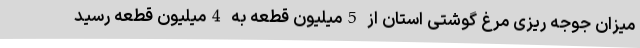
میزان جوجه ریزی مرغ گوشتی استان از 5میلیون قطعه به 4میلیون قطعه رسید